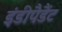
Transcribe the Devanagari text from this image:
इंडीपैडैंट